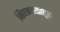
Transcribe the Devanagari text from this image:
शिरकमळातून